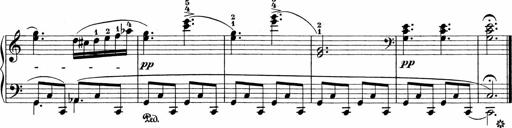
Title: Sonatinen Op.47, 98 und 136, nebst 6 Liedersonatinen
Composer: Carl Reinecke